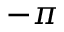
- \pi